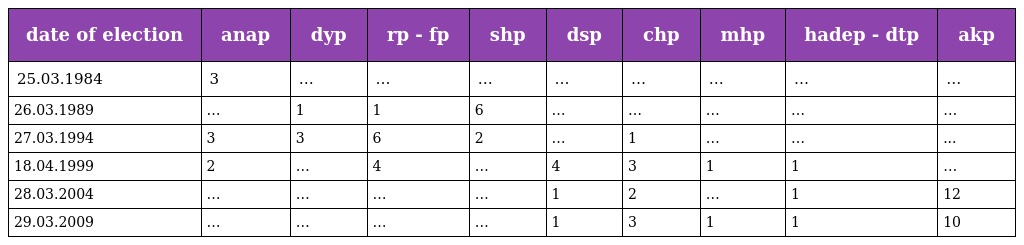
| date of election | anap | dyp | rp - fp | shp | dsp | chp | mhp | hadep - dtp | akp |
 | --- | --- | --- | --- | --- | --- | --- | --- | --- | --- |
 | 25.03.1984 | 3 | … | … | … | … | … | … | … | … |
 | 26.03.1989 | … | 1 | 1 | 6 | … | … | … | … | … |
 | 27.03.1994 | 3 | 3 | 6 | 2 | … | 1 | … | … | ... |
 | 18.04.1999 | 2 | … | 4 | … | 4 | 3 | 1 | 1 | … |
 | 28.03.2004 | … | … | … | … | 1 | 2 | … | 1 | 12 |
 | 29.03.2009 | … | … | … | … | 1 | 3 | 1 | 1 | 10 |